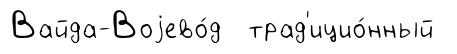
Вайда-Воjево́д трад'ицио́нный